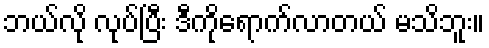
ဘယ်လို လုပ်ပြီး ဒီကိုရောက်လာတယ် မသိဘူး။